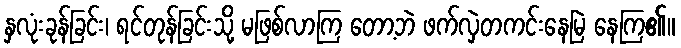
နှလုံးခုန်ခြင်း၊ ရင်တုန်ခြင်းသို့ မဖြစ်လာကြ တော့ဘဲ ဖက်လှဲတကင်းနေမြဲ နေကြ၏။